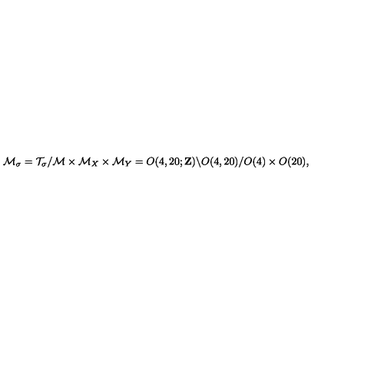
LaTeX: { \cal M } _ { \sigma } = { \cal T } _ { \sigma } / { \cal M } \times { \cal M } _ { X } \times { \cal M } _ { Y } = O ( 4 , 2 0 ; { \bf Z } ) \backslash O ( 4 , 2 0 ) / O ( 4 ) \times O ( 2 0 ) ,